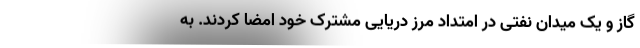
گاز و یک میدان نفتی در امتداد مرز دریایی مشترک خود امضا کردند. به